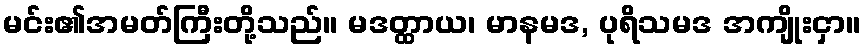
မင်း၏အမတ်ကြီးတို့သည်။ မဒတ္ထာယ၊ မာနမဒ, ပုရိသမဒ အကျိုးငှာ။